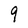
Character: 9